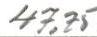
47,75